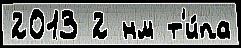
2013 2 нм т'и́па